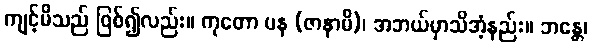
ကျင့်မိသည် ဖြစ်၍လည်း။ ကုတော ပန (ဇာနာမိ)၊ အဘယ်မှာသိအံ့နည်း။ ဘန္တေ၊